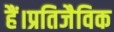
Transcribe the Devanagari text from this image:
हैं।प्रतिजैविक